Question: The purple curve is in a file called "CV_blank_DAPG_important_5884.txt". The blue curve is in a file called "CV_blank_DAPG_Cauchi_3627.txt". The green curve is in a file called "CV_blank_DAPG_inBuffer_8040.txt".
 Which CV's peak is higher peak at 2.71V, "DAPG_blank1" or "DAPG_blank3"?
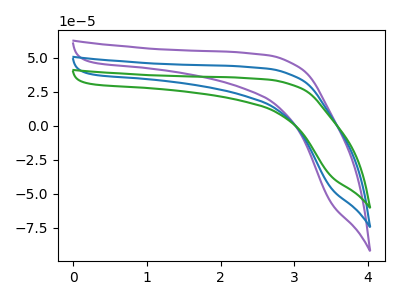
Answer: <think>The purple curve "DAPG_blank1" has no peaks. The blue curve "DAPG_blank2" has no peaks. The green curve "DAPG_blank3" has no peaks.</think>
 <answer>"DAPG_blank1" and "DAPG_blank3" dont share a peak at 2.71V.</answer>
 <eval>mismatch</eval>